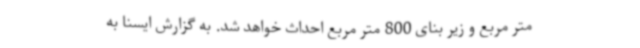
متر مربع و زیر بنای 800 متر مربع احداث خواهد شد. به گزارش ایسنا به